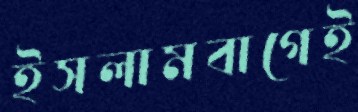
ইসলামবাগেই